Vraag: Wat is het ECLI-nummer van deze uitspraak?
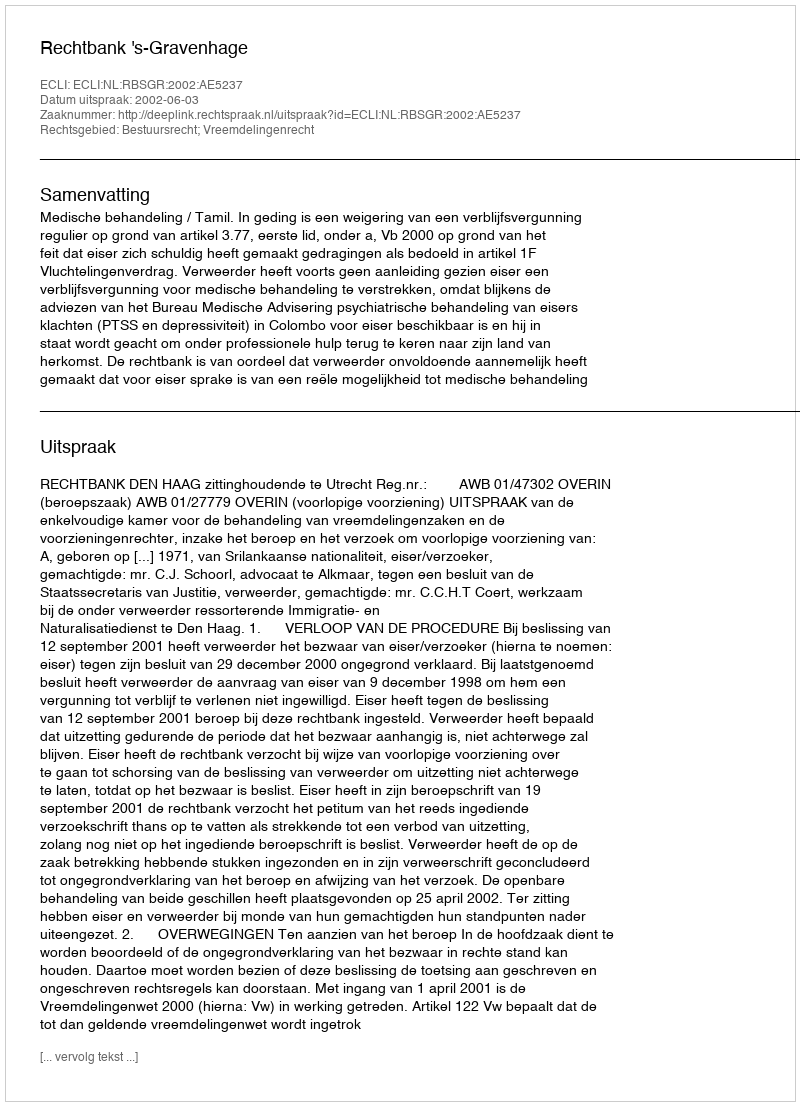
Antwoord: ECLI:NL:RBSGR:2002:AE5237